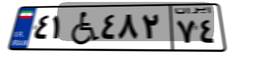
۴۱W۴۸۲۷۴